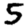
Digit: 5